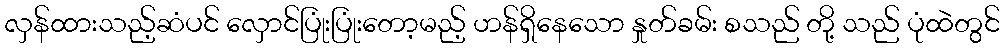
လှန်ထားသည့်ဆံပင် လှောင်ပြုံးပြုံးတော့မည့် ဟန်ရှိနေသော နှုတ်ခမ်း စသည် တို့ သည် ပုံထဲတွင်